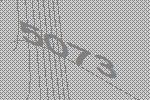
5073